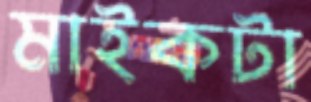
মাইকটা